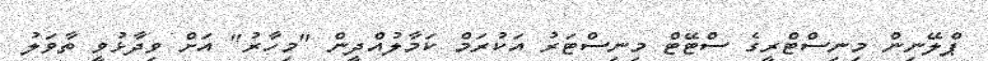
ޕްލޭނިން މިނިސްޓްރީގެ ސްޓޭޓް މިނިސްޓަރު އަކުރަމް ކަމާލުއްދީން "މިހާރު" އަށް ވިދާޅުވީ ތާވަލު